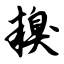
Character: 糗